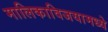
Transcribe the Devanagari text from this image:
मालिकाविजयामध्ये